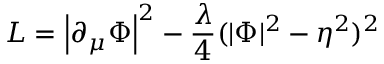
L = \left| \partial _ { \mu } \Phi \right| ^ { 2 } - \frac { \lambda } { 4 } ( | \Phi | ^ { 2 } - \eta ^ { 2 } ) ^ { 2 }